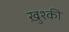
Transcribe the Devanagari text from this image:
ख़ुश्की